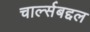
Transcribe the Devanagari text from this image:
चार्ल्सबद्दल